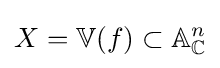
X=\mathbb {V} (f)\subset \mathbb {A} _{\mathbb {C} }^{n}